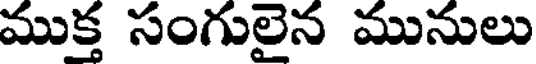
ముక్త సంగులైన మునులు